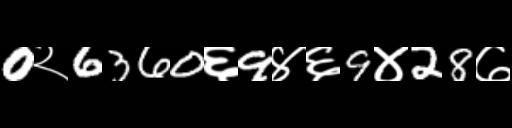
Text: 0२6360६9४६9४28७